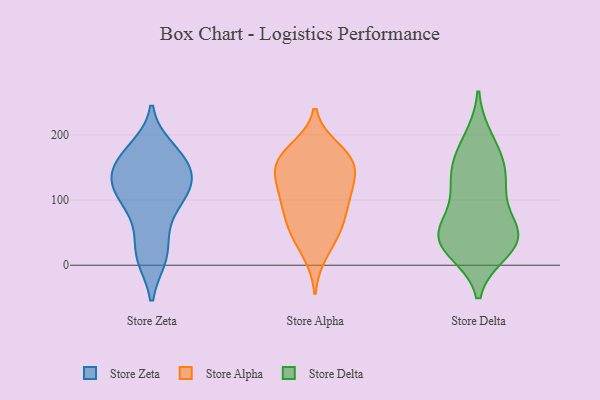
{"axis": {"x": "Operating Costs (USD K)", "y": "Value"}, "legend": ["Store Alpha", "Store Delta", "Store Zeta"], "data": [{"x": "", "y": 179, "type": "Store Zeta"}, {"x": "", "y": 50, "type": "Store Zeta"}, {"x": "", "y": 106, "type": "Store Zeta"}, {"x": "", "y": 148, "type": "Store Zeta"}, {"x": "", "y": 134, "type": "Store Zeta"}, {"x": "", "y": 173, "type": "Store Zeta"}, {"x": "", "y": 96, "type": "Store Zeta"}, {"x": "", "y": 125, "type": "Store Zeta"}, {"x": "", "y": 13, "type": "Store Zeta"}, {"x": "", "y": 152, "type": "Store Zeta"}, {"x": "", "y": 115, "type": "Store Zeta"}, {"x": "", "y": 117, "type": "Store Zeta"}, {"x": "", "y": 170, "type": "Store Zeta"}, {"x": "", "y": 12, "type": "Store Zeta"}, {"x": "", "y": 13, "type": "Store Zeta"}, {"x": "", "y": 74, "type": "Store Zeta"}, {"x": "", "y": 158, "type": "Store Zeta"}, {"x": "", "y": 123, "type": "Store Zeta"}, {"x": "", "y": 163, "type": "Store Alpha"}, {"x": "", "y": 18, "type": "Store Alpha"}, {"x": "", "y": 153, "type": "Store Alpha"}, {"x": "", "y": 178, "type": "Store Alpha"}, {"x": "", "y": 171, "type": "Store Alpha"}, {"x": "", "y": 106, "type": "Store Alpha"}, {"x": "", "y": 109, "type": "Store Alpha"}, {"x": "", "y": 55, "type": "Store Alpha"}, {"x": "", "y": 106, "type": "Store Alpha"}, {"x": "", "y": 65, "type": "Store Alpha"}, {"x": "", "y": 47, "type": "Store Alpha"}, {"x": "", "y": 147, "type": "Store Alpha"}, {"x": "", "y": 81, "type": "Store Alpha"}, {"x": "", "y": 155, "type": "Store Alpha"}, {"x": "", "y": 130, "type": "Store Alpha"}, {"x": "", "y": 39, "type": "Store Delta"}, {"x": "", "y": 51, "type": "Store Delta"}, {"x": "", "y": 44, "type": "Store Delta"}, {"x": "", "y": 51, "type": "Store Delta"}, {"x": "", "y": 141, "type": "Store Delta"}, {"x": "", "y": 48, "type": "Store Delta"}, {"x": "", "y": 115, "type": "Store Delta"}, {"x": "", "y": 114, "type": "Store Delta"}, {"x": "", "y": 172, "type": "Store Delta"}, {"x": "", "y": 24, "type": "Store Delta"}, {"x": "", "y": 147, "type": "Store Delta"}, {"x": "", "y": 32, "type": "Store Delta"}, {"x": "", "y": 192, "type": "Store Delta"}]}